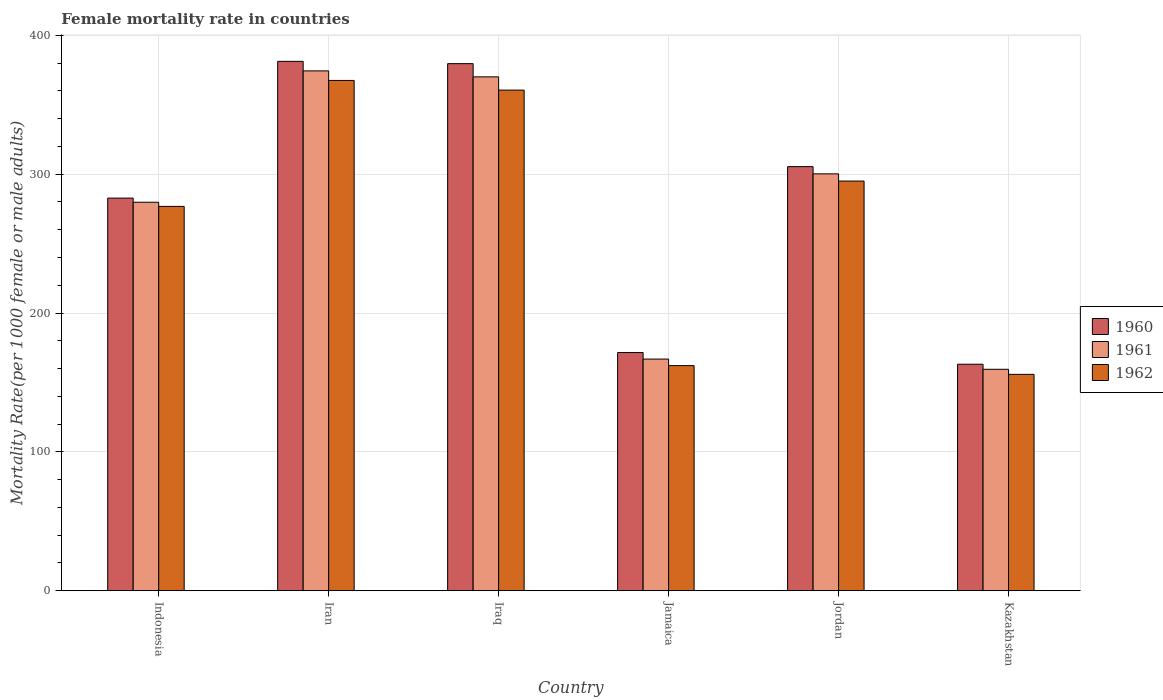
| Country | 1960 | 1961 | 1962 |
 | --- | --- | --- | --- |
 | Indonesia | 283 | 280 | 277 |
 | Iran | 381 | 374 | 367 |
 | Iraq | 380 | 370 | 361 |
 | Jamaica | 172 | 167 | 162 |
 | Jordan | 305 | 300 | 295 |
 | Kazakhstan | 163 | 159 | 156 |